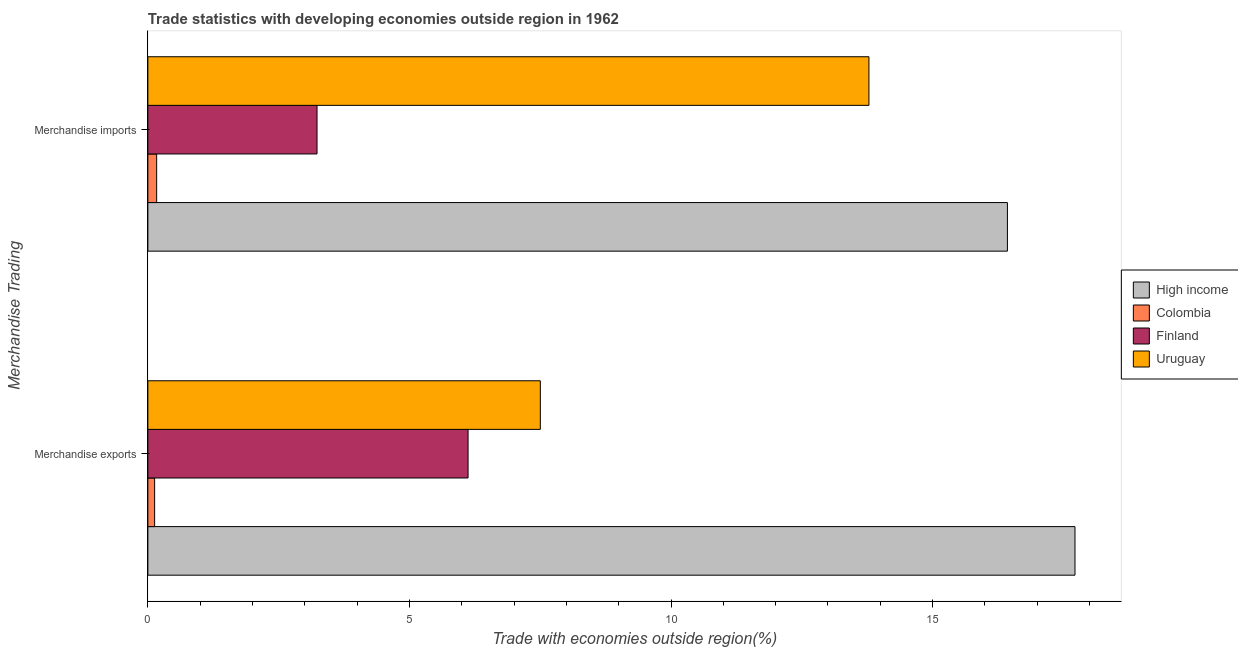
| Merchandise Trading | High income | Colombia | Finland | Uruguay |
 | --- | --- | --- | --- | --- |
 | Merchandise exports | 17.7 | 0.129 | 6.12 | 7.5 |
 | Merchandise imports | 16.4 | 0.168 | 3.23 | 13.8 |